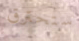
ستحترق